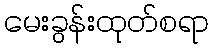
မေးခွန်းထုတ်စရာ